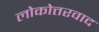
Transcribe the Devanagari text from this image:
लोकोत्तरवाद